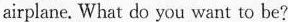
airplane. What do you want to be?